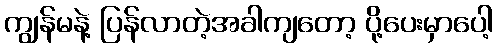
ကျွန်မနဲ့ ပြန်လာတဲ့အခါကျတော့ ပို့ပေးမှာပေါ့